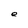
Character: e